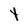
Character: Y